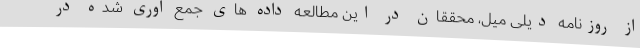
از روزنامه دیلی میل، محققان در این مطالعه داده های جمع آوری شده در